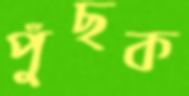
পুঁছক